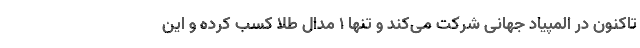
تاکنون در المپیاد جهانی شرکت می‌کند و تنها ۱ مدال طلا کسب کرده و این